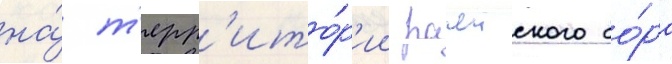
на́ т'ерр'ито́р'ии рачеиского бо́ра